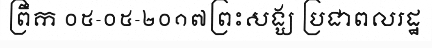
ព្រឹក ០៥-០៥-២០១៧ព្រះសង្ឃ ប្រជាពលរដ្ឋ